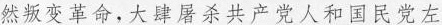
然叛变革命，大肆屠杀共产党人和国民党左